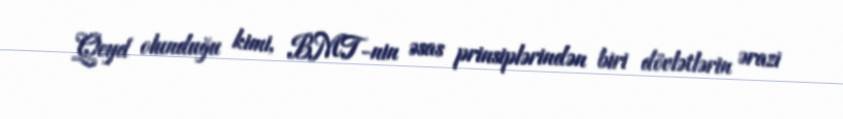
Qeyd olunduğu kimi, BMT-nin əsas prinsiplərindən biri dövlətlərin ərazi